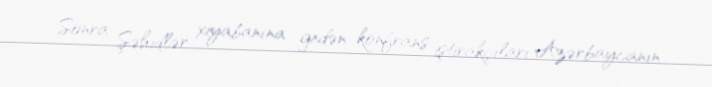
Sonra Şəhidlər xiyabanına gedən konfrans iştirakçıları Azərbaycanın